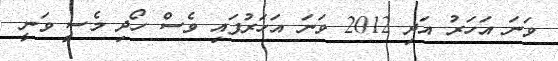
ވަނަ އަހަރު އަދި 2012 ވަނަ އަހަރުފައި ވެސް ހޯދި މެސީ ވަނީ